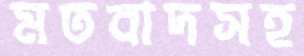
মতবাদসহ